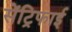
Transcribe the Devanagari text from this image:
सेंट्रिफाई